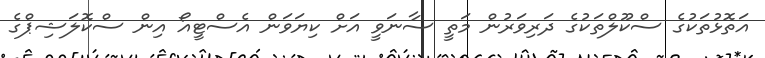
އަތޮޅުތަކުގެ ސްކޫލްތަކުގެ ދަރިވަރުން މަތީ ސާނަވީ އަށް ކިޔަވަން އެސްޓީއޯ އިން ސްކޮލަޝިޕްގެ